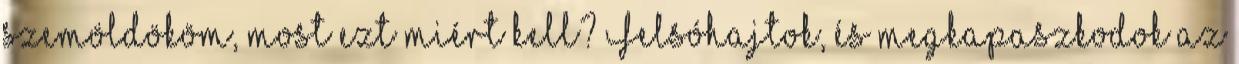
szemöldököm, most ezt miért kell? Felsóhajtok, és megkapaszkodok az